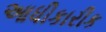
આધીકારીક